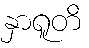
နှာရူတိ